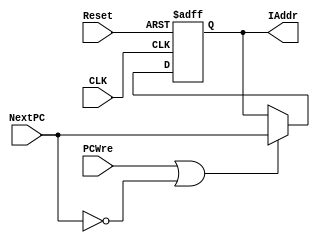
`timescale 1ns / 1ps
//////////////////////////////////////////////////////////////////////////////////
// Company: 
// Engineer: 
// 
// Design Name: 
// Module Name: PC
// Project Name: 
// Target Devices: 
// Tool Versions: 
// Description: 
// 
// Dependencies: 
// 
// Revision:
// Revision 0.01 - File Created
// Additional Comments:
// 
//////////////////////////////////////////////////////////////////////////////////


module PC(CLK, Reset, PCWre, NextPC, IAddr);
input CLK, Reset;
input [31:0] NextPC;
input PCWre;
output reg[31:0] IAddr;

initial begin
    IAddr =0;
end

always @(posedge CLK or negedge Reset)
begin 

    if (Reset == 0) IAddr<=32'hFFFFFFFC;
    else if (PCWre == 1 || NextPC == 0) IAddr <= NextPC;
end
endmodule